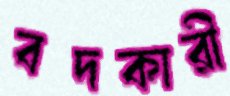
বদকারী